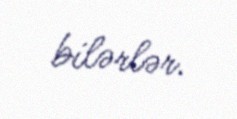
bilərlər.